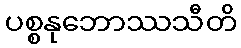
ပစ္စနုဘောဿသီတိ